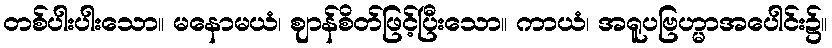
တစ်ပါးပါးသော။ မနောမယံ၊ ဈာန်စိတ်ဖြင့်ပြီးသော။ ကာယံ၊ အရူပဗြဟ္မာအပေါင်း၌။